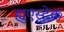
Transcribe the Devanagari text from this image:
ह्युएस्टेक